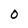
Character: O